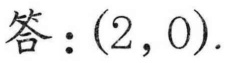
答：$(2,0)$.